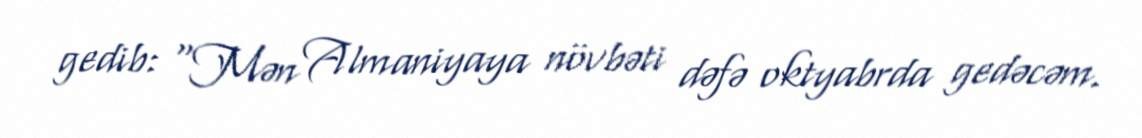
gedib: “Mən Almaniyaya növbəti dəfə oktyabrda gedəcəm.